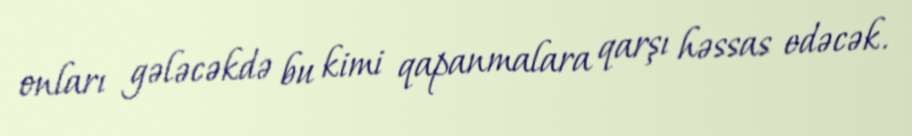
onları gələcəkdə bu kimi qapanmalara qarşı həssas edəcək.